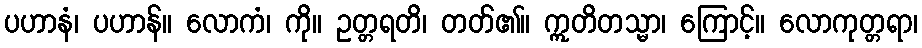
ပဟာနံ၊ ပဟာန်။ လောကံ၊ ကို။ ဥတ္တရတိ၊ တတ်၏။ ဣတိတသ္မာ၊ ကြောင့်။ လောကုတ္တရာ၊